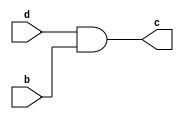
module and2(d, b, c); 
    input d, b;
    output c;     
    assign c = d & b; 
endmodule